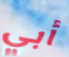
أبي